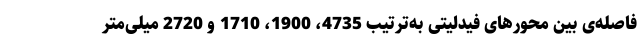
فاصله‌ی بین محورهای فیدلیتی به‌ترتیب 4735، 1900، 1710 و 2720 میلی‌متر